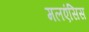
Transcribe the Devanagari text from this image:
मलएंसिस